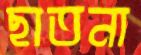
ছাতনা